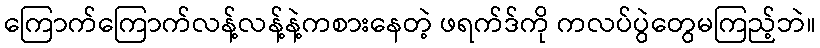
ကြောက်ကြောက်လန့်လန့်နဲ့ကစားနေတဲ့ ဖရက်ဒ်ကို ကလပ်ပွဲတွေမကြည့်ဘဲ။